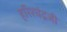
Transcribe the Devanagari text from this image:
हरिश्चंद्गजी